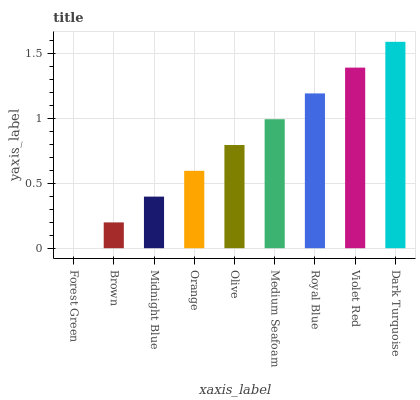
| xaxis_label | bars |
 | --- | --- |
 | Forest Green | 0 |
 | Brown | 0.199 |
 | Midnight Blue | 0.398 |
 | Orange | 0.597 |
 | Olive | 0.796 |
 | Medium Seafoam | 0.995 |
 | Royal Blue | 1.19 |
 | Violet Red | 1.39 |
 | Dark Turquoise | 1.59 |